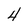
Character: 4